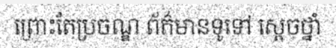
ព្រោះតែប្រចណ្ឌ ព័ត៌មានទូទៅ ស្តេចថ្នាំ